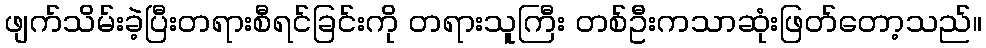
ဖျက်သိမ်းခဲ့ပြီးတရားစီရင်ခြင်းကို တရားသူကြီး တစ်ဦးကသာဆုံးဖြတ်တော့သည်။